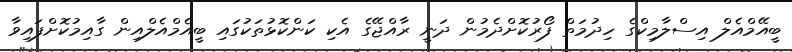
ބީއޭމްއެލް އިސްލާމިކްގެ ހިދުމަތް ފޯރުކޮށްދެމުން ދަނީ ރާއްޖޭގެ އެކި ކަންކޮޅުތަކުގައި ބީއެމްއެލްއިން ގާއިމުކޮށްފައިވާ